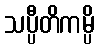
သပ္ပီတိကမ္ပိ